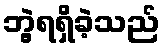
ဘွဲ့ရရှိခဲ့သည်